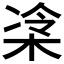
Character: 𪲜